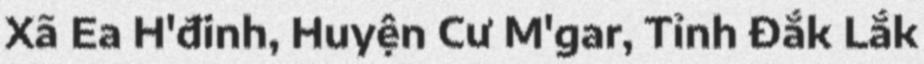
Xã Ea H'đinh, Huyện Cư M'gar, Tỉnh Đắk Lắk